Plague in India, 1896, 1897 - Volume 1
Year: 1896
Disease focus: Plague
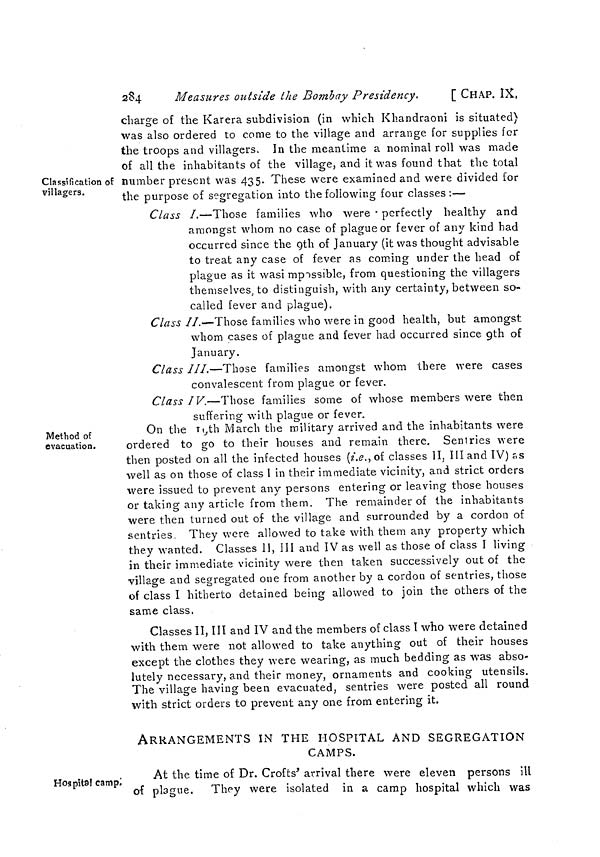
284
Measures outside the Bombay Presidency.
[ CHAP. IX.
Classification of
villagers.
charge of the Karera subdivision (in which Khandraoni is situated
was also ordered to come to the village and arrange for supplies for
the troops and villagers. In the meantime a nominal roll was made
of all the inhabitants of the village, and it was found that the total
number present was 435. These were examined and were divided for
the purpose of segregation into the following four classes:—
Class I,—Those families who were perfectly healthy and
amongst whom no case of plague or fever of any kind had
occurred since the 9th of January (it was thought advisable
to treat any case of fever as coming under the head of
plague as it wasi mpossible, from questioning the villagers
themselves, to distinguish, with any certainty, between so-
called fever and plague).
Class II.—Those families who were in good health, but amongst
whom cases of plague and fever had occurred since 9th of
January.
Class III.—Those families amongst whom there were cases
convalescent from plague or fever.
Class IV.—Those families some of whose members were then
suffering with plague or fever.
Method of
evacuation.
On the 19th March the military arrived and the inhabitants were
ordered to go to their houses and remain there. Sentries were
then posted on all the infected houses (i.e., of classes II, III and IV) as
well as on those of class I in their immediate vicinity, and strict orders
were issued to prevent any persons entering or leaving those houses
or taking any article from them. The remainder of the inhabitants
were then turned out of the village and surrounded by a cordon of
sentries. They were allowed to take with them any property which
they wanted. Classes 11, III and IV as well as those of class I living
in their immediate vicinity were then taken successively out of the
village and segregated one from another by a cordon of sentries, those
of class I hitherto detained being allowed to join the others of the
same class.
Classes II, III and IV and the members of class I who were detained
with them were not allowed to take anything out of their houses
except the clothes they were wearing, as much bedding as was abso-
lutely necessary, and their money, ornaments and cooking utensils.
The village having been evacuated, sentries were posted all round
with strict orders to prevent any one from entering it.
ARRANGEMENTS IN THE HOSPITAL AND SEGREGATION
CAMPS.
Hospital camp.
At the time of Dr. Crofts' arrival there were eleven persons ill
of plague. They were isolated in a camp hospital which was